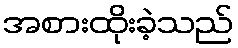
အစားထိုးခဲ့သည်